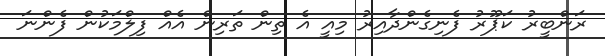
ރަންބީރު ކަޕޫރު ފެނިގެންދާއިރު މިއީ އެ ތިން ތަރިން އެއް ފިލްމަކުން ފެންނަ